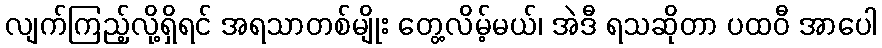
လျက်ကြည့်လို့ရှိရင် အရသာတစ်မျိုး တွေ့လိမ့်မယ်၊ အဲဒီ ရသဆိုတာ ပထဝီ အာပေါ